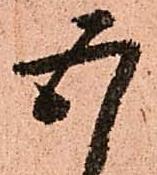
五